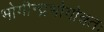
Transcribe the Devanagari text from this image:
भोगीन्द्रभोगोन्नतः